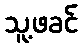
သူ့ဖခင်